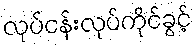
လုပ်ငန်းလုပ်ကိုင်ခွင့်